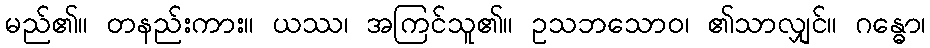
မည်၏။ တနည်းကား။ ယဿ၊ အကြင်သူ၏။ ဥသဘသောဝ၊ ၏သာလျှင်။ ဂန္ဓော၊